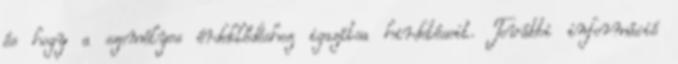
és hogy a személyes érdeklődéshez igazítsa hirdetéseit. További információ